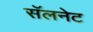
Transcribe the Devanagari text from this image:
सॅलनेट